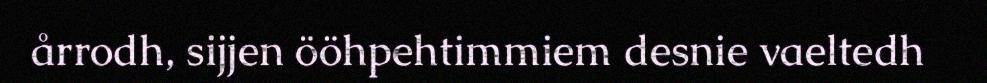
årrodh, sijjen ööhpehtimmiem desnie vaeltedh